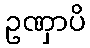
ဥဏှာပိ